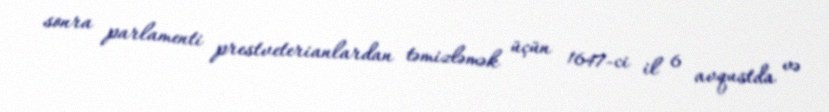
sonra parlamenti prestveterianlardan təmizləmək üçün 1647-ci il 6 avqustda və